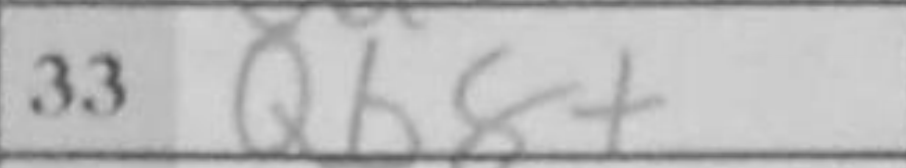
Transcription: Qb8+